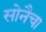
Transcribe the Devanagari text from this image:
सोनैचा